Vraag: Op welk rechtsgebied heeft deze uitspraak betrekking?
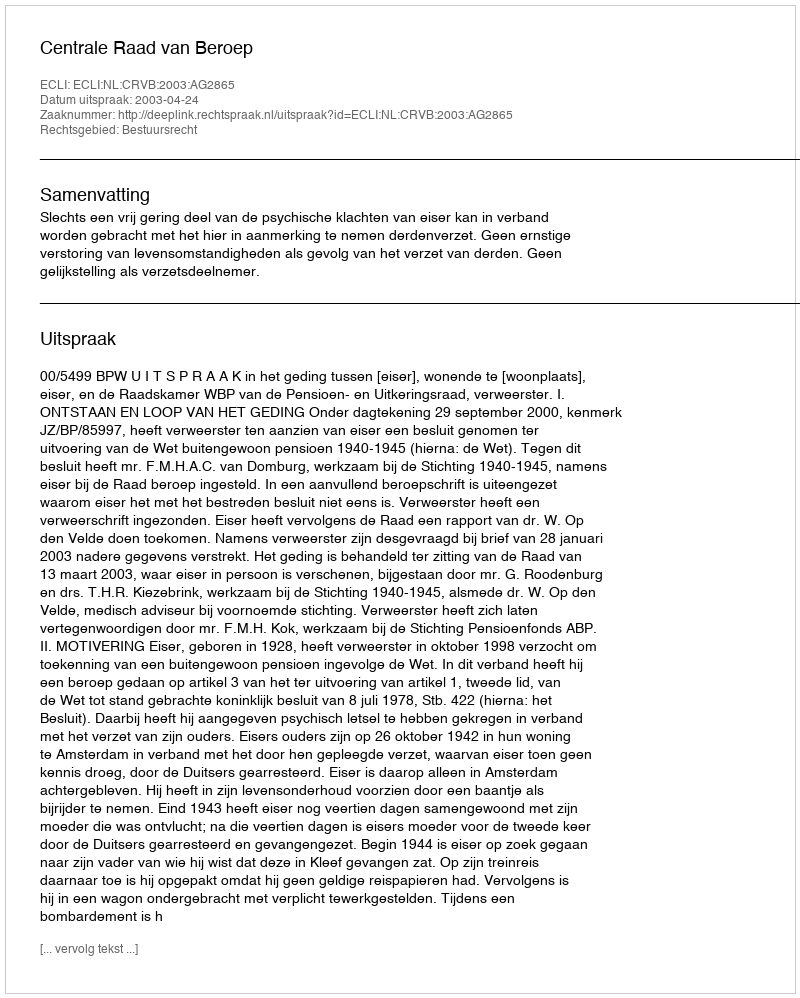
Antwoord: Bestuursrecht